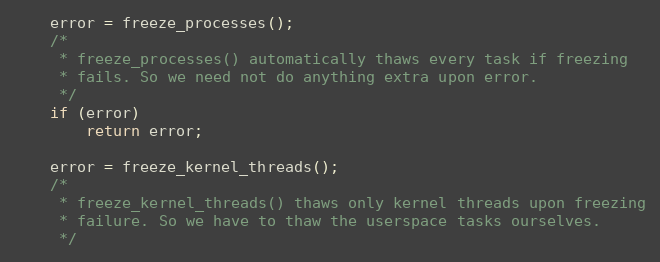
Language: C
	error = freeze_processes();
	/*
	 * freeze_processes() automatically thaws every task if freezing
	 * fails. So we need not do anything extra upon error.
	 */
	if (error)
		return error;

	error = freeze_kernel_threads();
	/*
	 * freeze_kernel_threads() thaws only kernel threads upon freezing
	 * failure. So we have to thaw the userspace tasks ourselves.
	 */